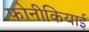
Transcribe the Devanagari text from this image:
फ़ोनीकियाई